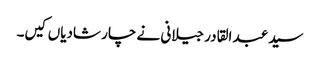
سید عبد القادر جیلانی نے چار شادیاں کیں۔